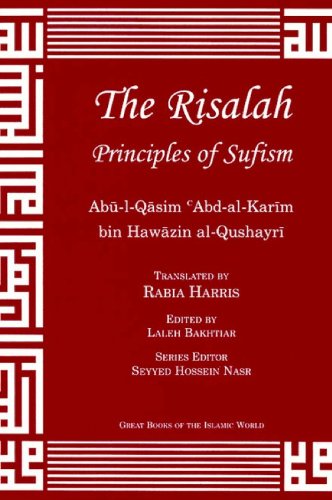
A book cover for The Risalah: Principles of Sufism; Abu'l Qasim Abd al-Karim bin Hawazin al-Qushayri; Religion & Spirituality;